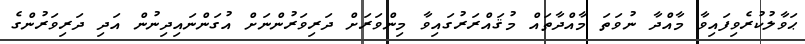
ޙަވާލުކުރެވިފައިވާ މާއްދާ ނުވަތަ މާއްދާތައް މުޤައްރަރުގައިވާ މިންވަރަށް ދަރިވަރުންނަށް އުގަންނައިދިނުން އަދި ދަރިވަރުންގެ